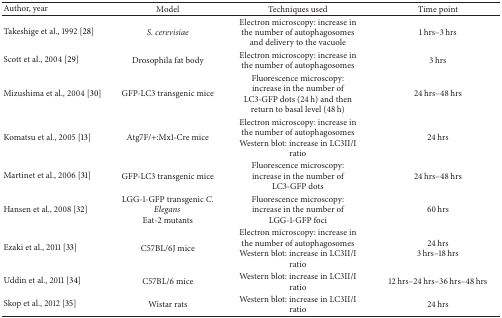
<table><thead><tr><td><b>Author, year</b></td><td><b>Model</b></td><td><b>Techniques used</b></td><td><b>Time point</b></td></tr></thead><tbody><tr><td>Takeshige et al., 1992 [28]</td><td><i>S. cerevisiae </i></td><td>Electron microscopy: increase in the number of autophagosomes and delivery to the vacuole</td><td>1 hrs–3 hrs</td></tr><tr><td>Scott et al., 2004 [29]</td><td>Drosophila fat body</td><td>Electron microscopy: increase in the number of autophagosomes</td><td>3 hrs</td></tr><tr><td>Mizushima et al., 2004 [30]</td><td>GFP-LC3 transgenic mice</td><td>Fluorescence microscopy: increase in the number of LC3-GFP dots (24 h) and then return to basal level (48 h) </td><td>24 hrs–48 hrs</td></tr><tr><td>Komatsu et al., 2005 [13]</td><td>Atg7F/+:Mx1-Cre mice</td><td>Electron microscopy: increase in the number of autophagosomesWestern blot: increase in LC3II/I ratio</td><td>24 hrs</td></tr><tr><td>Martinet et al., 2006 [31]</td><td>GFP-LC3 transgenic mice</td><td>Fluorescence microscopy: increase in the number of LC3-GFP dots</td><td>24 hrs–48 hrs</td></tr><tr><td>Hansen et al., 2008 [32]</td><td>LGG-1-GFP transgenic <i>C. Elegans</i> Eat-2 mutants</td><td>Fluorescence microscopy: increase in the number of LGG-1-GFP foci</td><td>60 hrs</td></tr><tr><td>Ezaki et al., 2011 [33]</td><td>C57BL/6J mice</td><td>Electron microscopy: increase in the number of autophagosomesWestern blot: increase in LC3II/I ratio</td><td>24 hrs 3 hrs–18 hrs</td></tr><tr><td>Uddin et al., 2011 [34]</td><td>C57BL/6 mice</td><td>Western blot: increase in LC3II/I ratio</td><td>12 hrs–24 hrs–36 hrs–48 hrs</td></tr><tr><td>Skop et al., 2012 [35]</td><td>Wistar rats</td><td>Western blot: increase in LC3II/I ratio</td><td>24 hrs</td></tr></tbody></table>